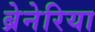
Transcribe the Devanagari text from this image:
ब्रेनेरिया